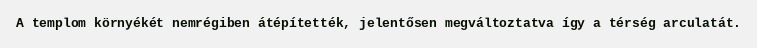
A templom környékét nemrégiben átépítették, jelentősen megváltoztatva így a térség arculatát.